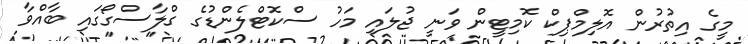
މީގެ އިތުރުން އޮލިމްޕިކް ކޮމިޓީން ވަނީ ޖުލައި މަހު ސްކޮޓްލެންޑުގެ ގްލާސްގޯގައި ބާއްވާ